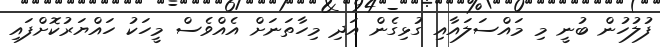
ފުލުހުން ބުނީ މި މައްސަލައާއި ގުޅިގެން އަދި މިހާތަނަށް އެއްވެސް މީހަކު ހައްޔަރުކޮށްފައި